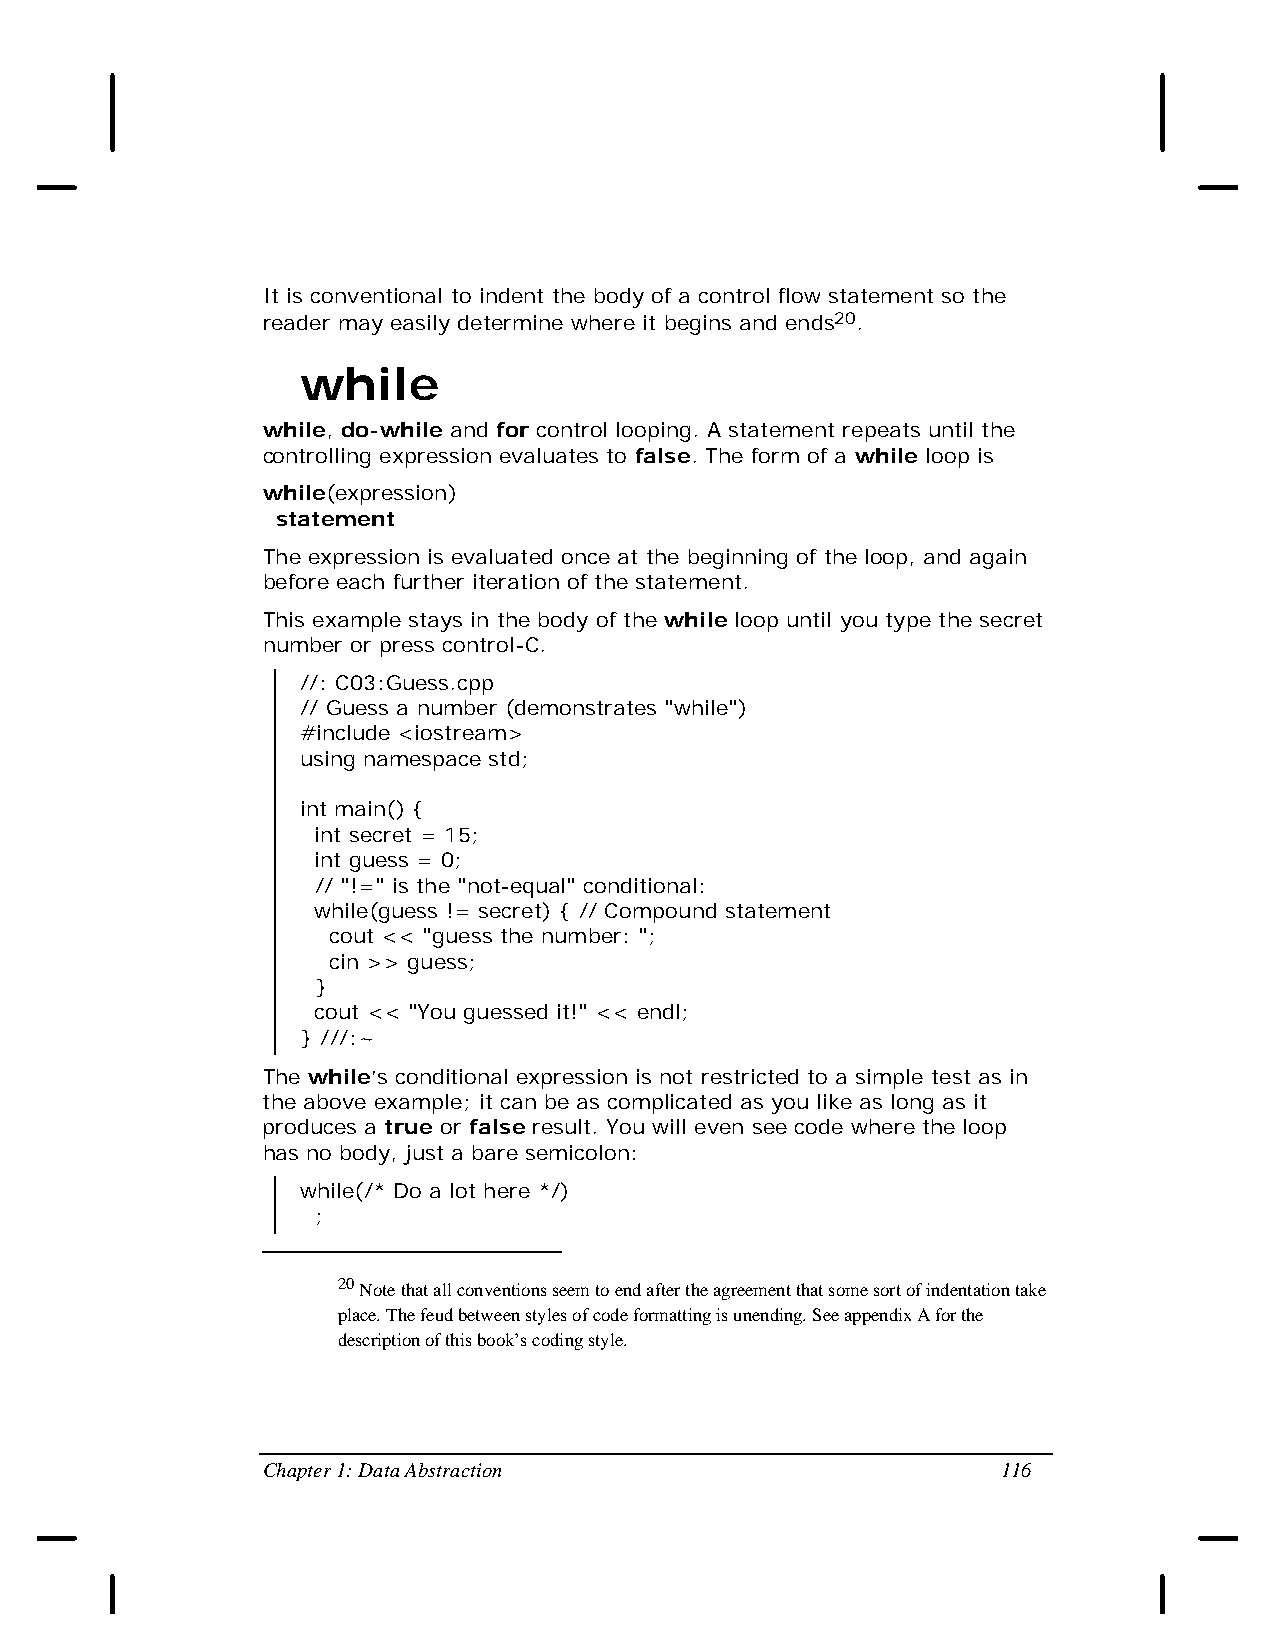
It is conventional to indent the body of a control flow statement so the
 reader may easily determine where it begins and ends20.
 while
 while, do-while and for control looping. A statement repeats until the
 controlling expression evaluates to false. The form of a while loop is
 while(expression)
 statement
 The expression is evaluated once at the beginning of the loop, and again
 before each further iteration of the statement.
 This example stays in the body of the while loop until you type the secret
 number or press control-C.
 //: C03:Guess.cpp
 // Guess a number (demonstrates "while")
 #include <iostream>
 using namespace std;
 int main() {
 int secret = 15;
 int guess = 0;
 // "!=" is the "not-equal" conditional:
 while(guess != secret) { // Compound statement
 cout << "guess the number: ";
 cin >> guess;
 }
 cout << "You guessed it!" << endl;
 } ///:~
 The while’s conditional expression is not restricted to a simple test as in
 the above example; it can be as complicated as you like as long as it
 produces a true or false result. You will even see code where the loop
 has no body, just a bare semicolon:
 while(/* Do a lot here */)
 ;
 20 Note that all conventions seem to end after the agreement that some sort of indentation take
 place. The feud between styles of code formatting is unending. See appendix A for the
 description of this book’s coding style.
 Chapter 1: Data Abstraction                      116